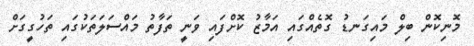
މޮނިކޮން ބިލް މައިގަނޑު ގޮތެއްގައި އަމާޒު ކޮށްފައި ވަނީ ތަފާތު މައްސަލަތަކުގައި ތަހުގީގަށް